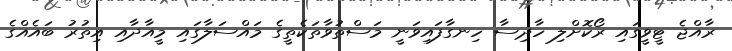
ރާއްޖެ ޓީވީގައި ރޯކޮށްލި ހާދިސާ ހިނގާފައިވަނީ މަސްތުވާތަކެތީގެ މައްސަލާގައި މީއާދާއި އިތުރު ބައެއްގެ